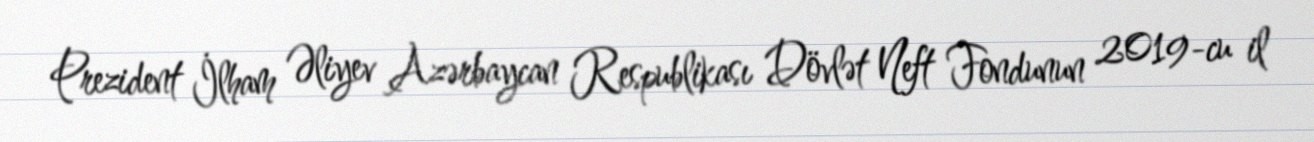
Prezident İlham Əliyev Azərbaycan Respublikası Dövlət Neft Fondunun 2019-cu il